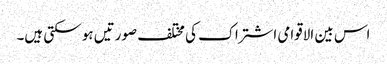
اس بین الاقوامی اشتراک کی مختلف صورتیں ہو سکتی ہیں۔